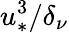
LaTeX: u_{*}^{3}/\delta_{\nu}